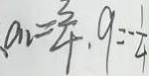
a _ { 2 } = \frac { 3 } { 4 } , 9 = - \frac { 1 } { 4 }